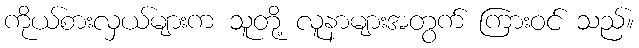
ကိုယ်စားလှယ်များက သူတို့ လူနာများအတွက် ကြားဝင် သည်။